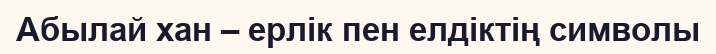
Абылай хан – ерлік пен елдіктің символы